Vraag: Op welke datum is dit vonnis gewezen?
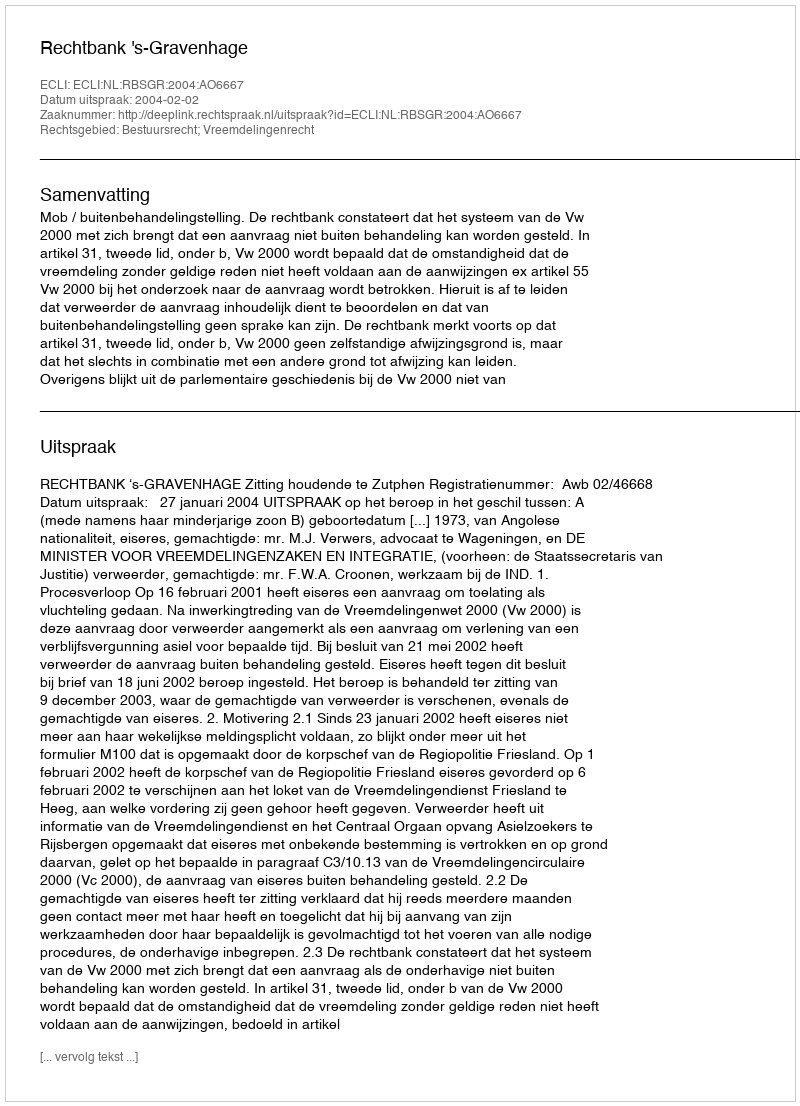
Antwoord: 2004-02-02